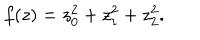
f ( z ) = z _ { 0 } ^ { 2 } + z _ { 1 } ^ { 2 } + z _ { 2 } ^ { 2 } .